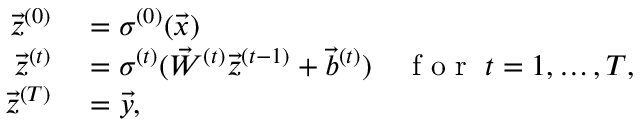
\begin{array} { r l } { \vec { z } ^ { ( 0 ) } } & { { } = \sigma ^ { ( 0 ) } ( \vec { x } ) } \\ { \vec { z } ^ { ( t ) } } & { { } = \sigma ^ { ( t ) } ( \vec { W } ^ { ( t ) } \vec { z } ^ { ( t - 1 ) } + \vec { b } ^ { ( t ) } ) \quad \mathrm { ~ f ~ o ~ r ~ } \; t = 1 , \dots , T , } \\ { \vec { z } ^ { ( T ) } } & { { } = \vec { y } , } \end{array}